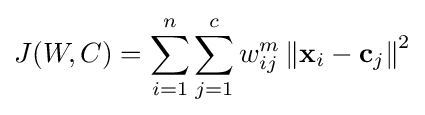
J(W,C)=\sum _{i=1}^{n}\sum _{j=1}^{c}w_{ij}^{m}\left\|\mathbf {x} _{i}-\mathbf {c} _{j}\right\|^{2}